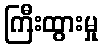
ကြီးထွားမှု